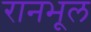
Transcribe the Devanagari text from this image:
रानभूल